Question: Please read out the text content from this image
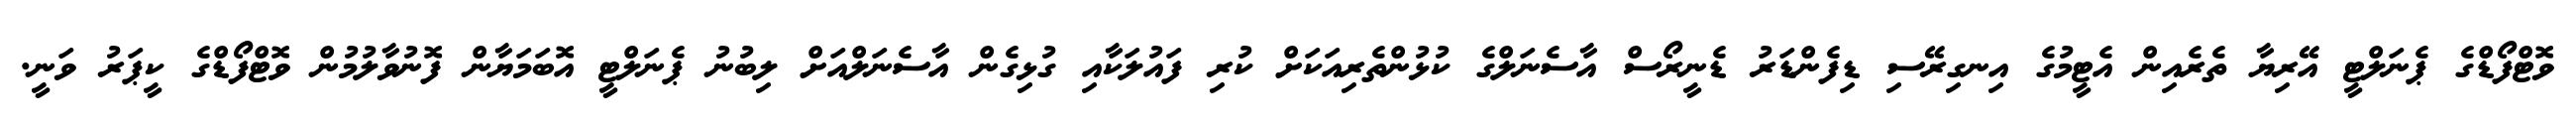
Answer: ވޮޓްފޯޑްގެ ޕެނަލްޓީ އޭރިޔާ ތެރެއިން އެޓީމުގެ އިނގިރޭސި ޑިފެންޑަރު ޑެނީރޯސް އާސެނަލްގެ ކުޅުންތެރިއަކަށް ކުރި ފައުލަކާއި ގުޅިގެން އާސެނަލްއަށް ލިބުނު ޕެނަލްޓީ އޮބަމަޔާން ފޮނުވާލުމުން ވޮޓްފޯޑްގެ ކީޕަރު ވަނީ.